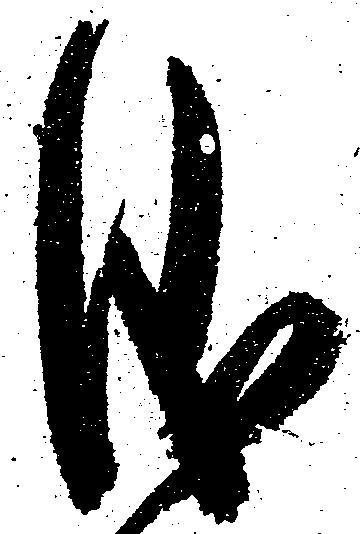
儀